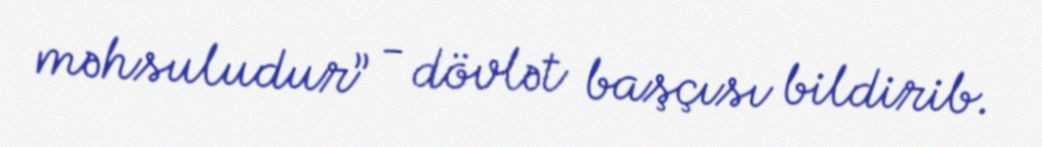
məhsuludur” - dövlət başçısı bildirib.